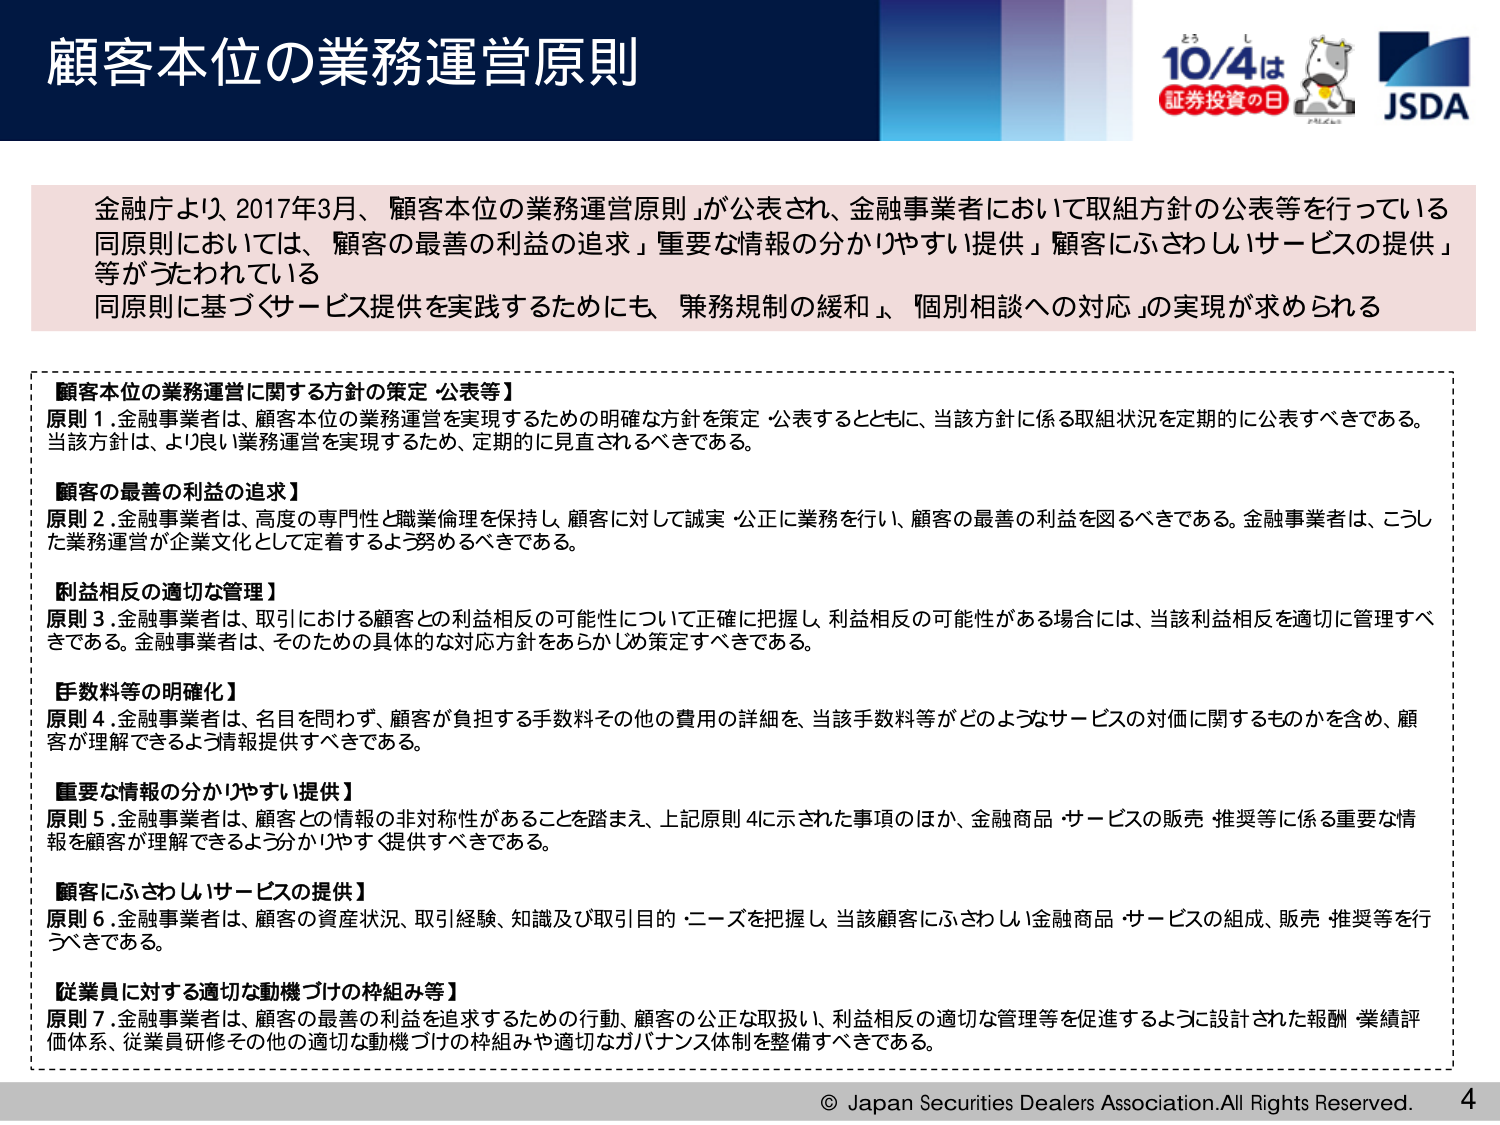
顧客本位の業務運営原則

金融庁より、2017年3月、「顧客本位の業務運営原則」が公表され、金融事業者において取組方針の公表等を行っている。同原則においては、「顧客の最善の利益の追求」「重要な情報の分かりやすい提供」「顧客にふさわしいサービスの提供」等がうたわれている。同原則に基づくサービス提供を実践するためにも、「兼務規制の緩和」、「個別相談への対応」の実現が求められる。

【顧客本位の業務運営に関する方針の策定・公表等】
原則1. 金融事業者は、顧客本位の業務運営を実現するための明確な方針を策定・公表するとともに、当該方針に係る取組状況を定期的に公表すべきである。当該方針は、より良い業務運営を実現するため、定期的に見直されるべきである。

【顧客の最善の利益の追求】
原則2. 金融事業者は、高度の専門性と職業倫理を保持し、顧客に対して誠実・公正に業務を行い、顧客の最善の利益を図るべきである。金融事業者は、こうした業務運営が企業文化として定着するよう努めるべきである。

【利益相反の適切な管理】
原則3. 金融事業者は、取引における顧客との利益相反の可能性について正確に把握し、利益相反の可能性がある場合には、当該利益相反を適切に管理すべきである。金融事業者は、そのための具体的な対応方針をあらかじめ策定すべきである。

【手数料等の明確化】
原則4. 金融事業者は、名目を問わず、顧客が負担する手数料その他の費用の詳細を、当該手数料等がどのようなサービスの対価に関するものかを含め、顧客が理解できるよう情報提供すべきである。

【重要な情報の分かりやすい提供】
原則5. 金融事業者は、顧客との情報の非対称性があることを踏まえ、上記原則4に示された事項のほか、金融商品・サービスの販売・推奨等に係る重要な情報を顧客が理解できるよう分かりやすく提供すべきである。

【顧客にふさわしいサービスの提供】
原則6. 金融事業者は、顧客の資産状況、取引経験、知識及び取引目的・ニーズを把握し、当該顧客にふさわしい金融商品・サービスの組成、販売・推奨等を行うべきである。

【従業員に対する適切な動機づけの枠組み等】
原則7. 金融事業者は、顧客の最善の利益を追求するための行動、顧客の公正な取扱い、利益相反の適切な管理等を促進するように設計された報酬・業績評価体系、従業員研修その他の適切な動機づけの枠組みや適切なガバナンス体制を整備すべきである。

© Japan Securities Dealers Association. All Rights Reserved. 4

10/4は
証券投資の日
JSDA